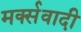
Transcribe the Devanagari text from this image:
मर्क्सवादी